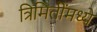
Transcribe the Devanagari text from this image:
त्रिमितींमध्ये